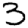
Digit: 3